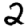
Digit: 2